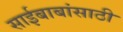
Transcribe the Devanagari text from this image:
साईबाबांसाठी